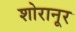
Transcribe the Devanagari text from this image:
शोरानूर